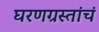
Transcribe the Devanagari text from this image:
घरणग्रस्तांचं